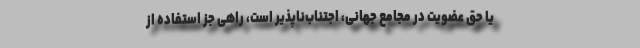
یا حق عضویت در مجامع جهانی، اجتناب‌ناپذیر است، راهی جز استفاده از